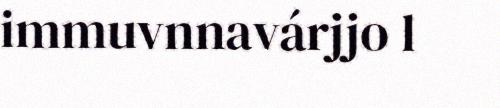
immuvnnavárjjo l